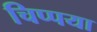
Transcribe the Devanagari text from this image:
चिप्पया